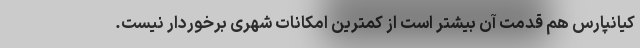
کیانپارس هم قدمت آن بیشتر است از کمترین امکانات شهری برخوردار نیست.